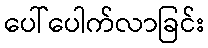
ပေါ်ပေါက်လာခြင်း